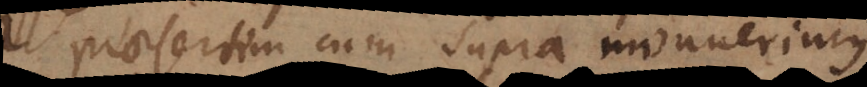
Praesertim cum supra monuerim